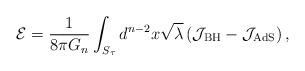
LaTeX: \begin{align*}\mathcal{E}=\frac{1}{8\pi G_n} \int_{S_\tau} d^{n-2}x \sqrt{\lambda}\left(\mathcal{J}_\textrm{BH}-\mathcal{J}_\textrm{AdS} \right),\end{align*}